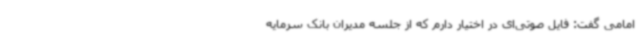
امامی گفت: فایل صوتی‌ای در اختیار دارم که از جلسه مدیران بانک سرمایه